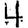
Digit: 4